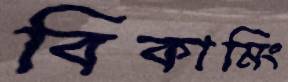
বিকামিং